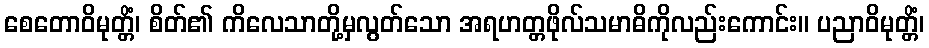
စေတောဝိမုတ္တိံ၊ စိတ်၏ ကိလေသာတို့မှလွတ်သော အရဟတ္တဖိုလ်သမာဓိကိုလည်းကောင်း။ ပညာဝိမုတ္တိံ၊